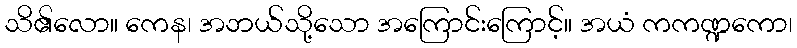
သိ၏လော။ ကေန၊ အဘယ်သို့သော အကြောင်းကြောင့်။ အယံ ကကဏ္ဍကော၊